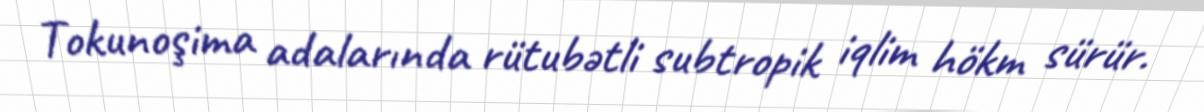
Tokunoşima adalarında rütubətli subtropik iqlim hökm sürür.